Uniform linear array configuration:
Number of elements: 8
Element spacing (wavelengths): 0.75
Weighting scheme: hann
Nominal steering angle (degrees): -45
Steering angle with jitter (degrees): -46.983
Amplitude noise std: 0.05
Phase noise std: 0.05

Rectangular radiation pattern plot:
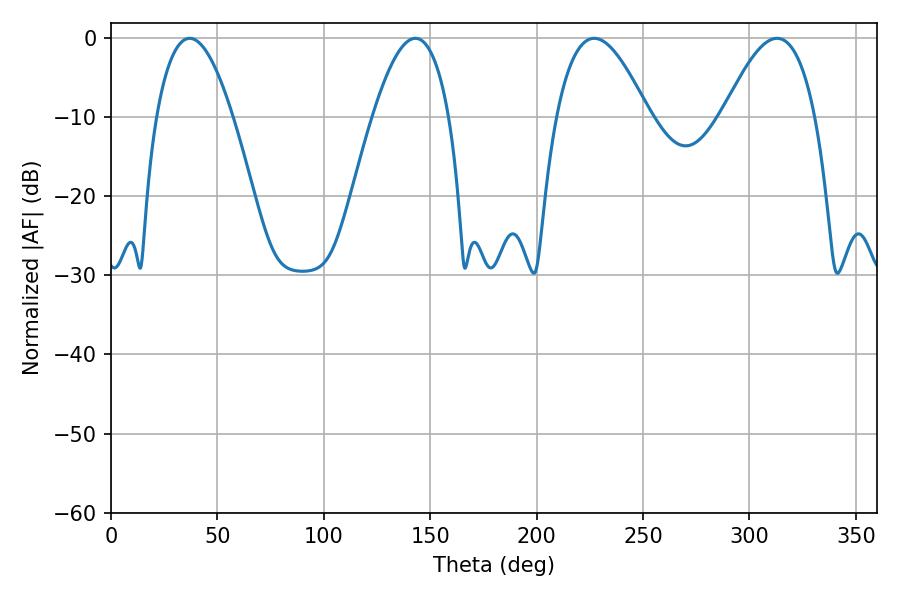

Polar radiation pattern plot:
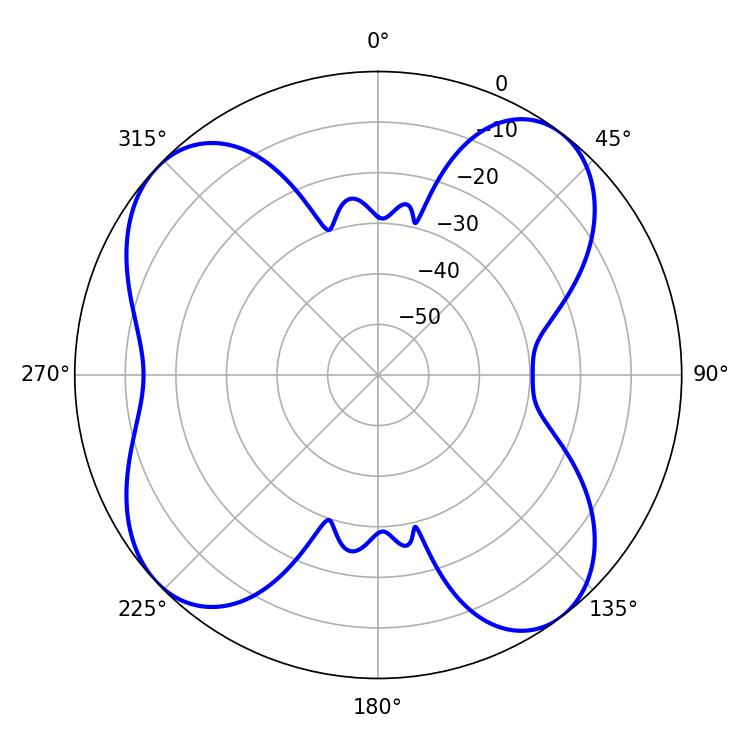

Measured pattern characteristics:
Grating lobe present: TRUE
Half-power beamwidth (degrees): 23.58
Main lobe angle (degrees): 226.98